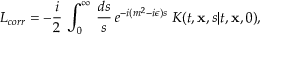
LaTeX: { \cal L } _ { c o r r } = - { \frac { i } { 2 } } \, \int _ { 0 } ^ { \infty } \, { \frac { d s } { s } } \, e ^ { - i ( m ^ { 2 } - i \epsilon ) s } \; K ( t , { \bf x } , s \vert t , { \bf x } , 0 ) ,